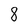
Character: 8